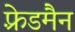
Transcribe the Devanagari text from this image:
फ़्रेडमैन